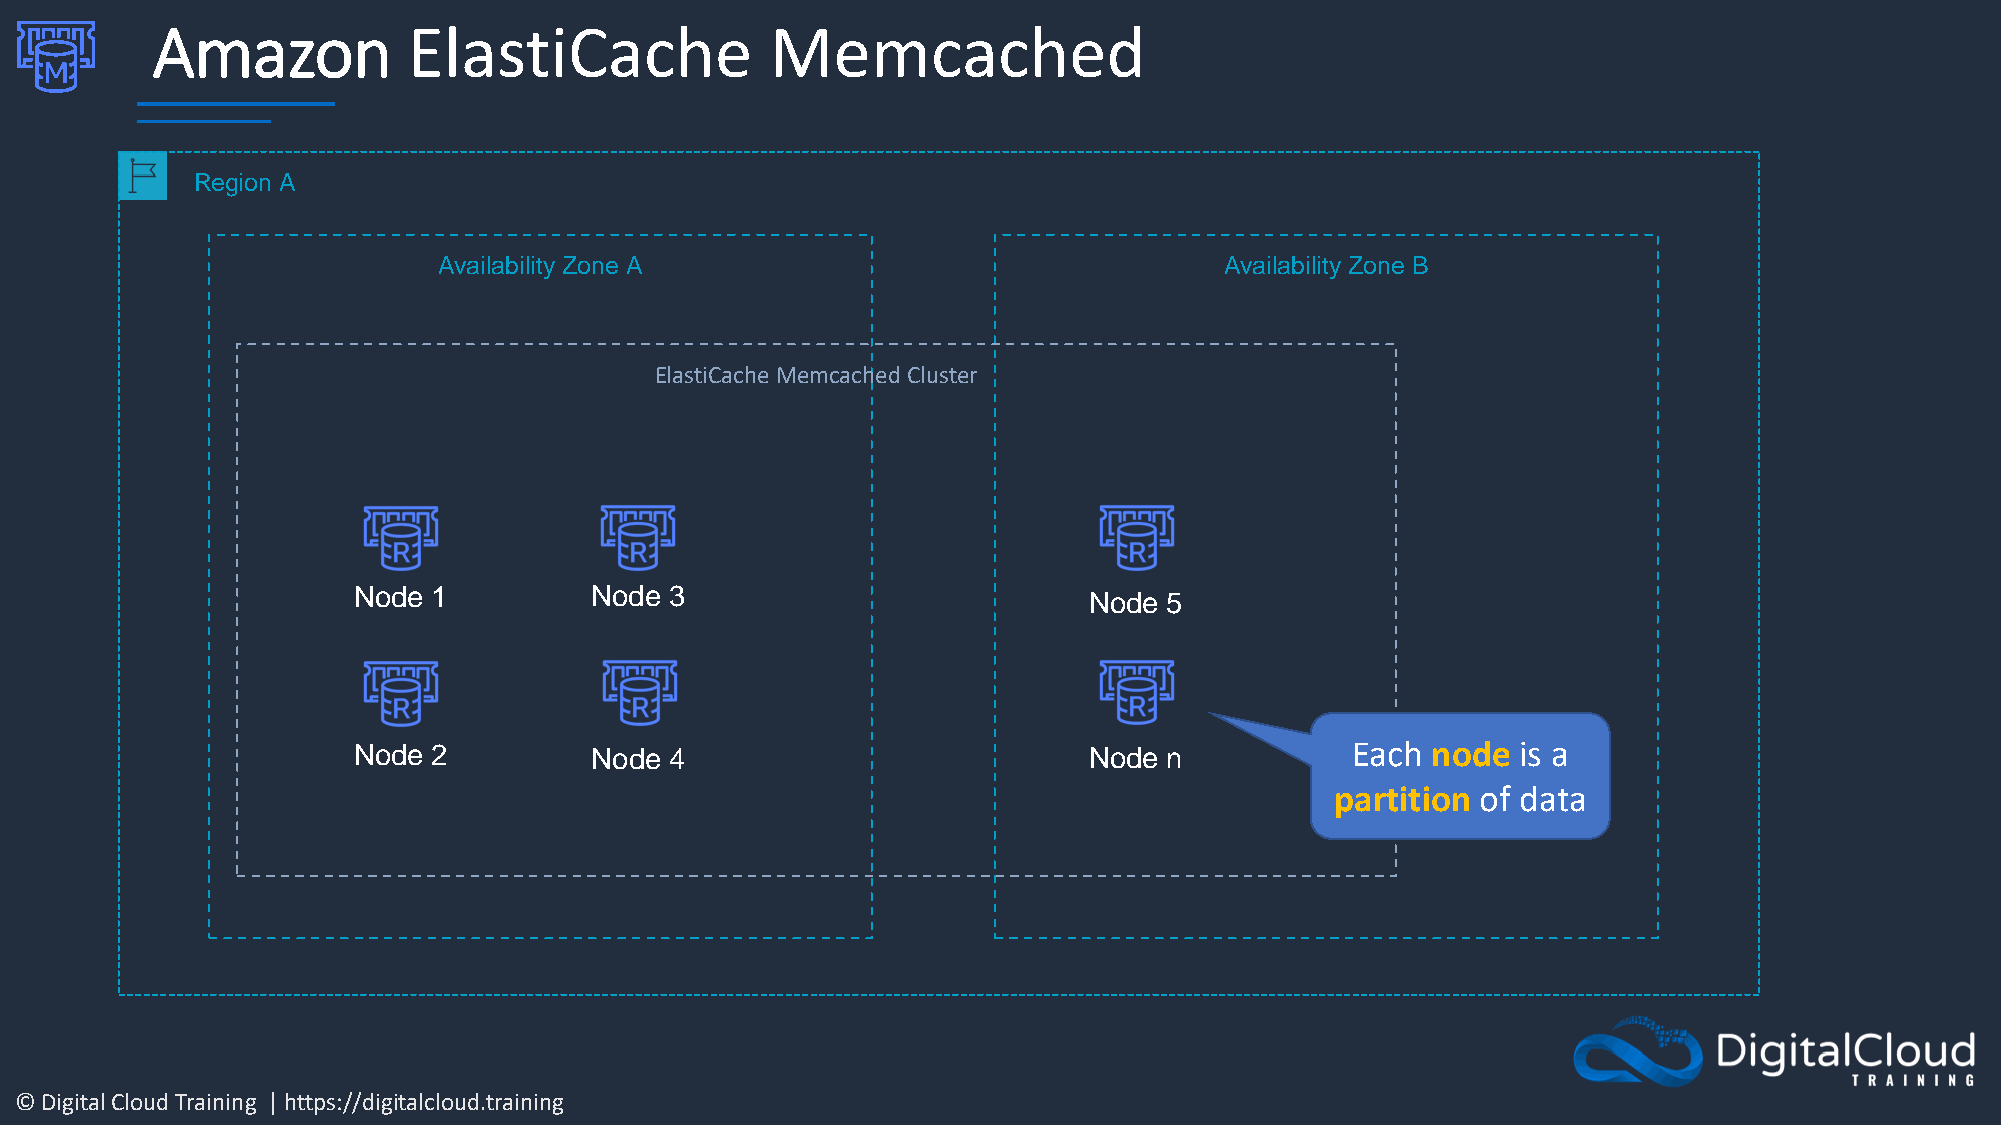
Amazon           ElastiCache             Memcached
 Region A
 Availability Zone A                                 Availability Zone B
 ElastiCache Memcached Cluster
 Node  1         Node 3
 Node 5
 Node  2         Node 4                           Node n           Each  node  is a
 partition of data
 © Digital Cloud Training | https://digitalcloud.training